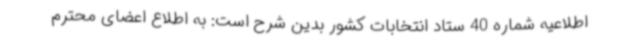
اطلاعیه شماره 40 ستاد انتخابات کشور بدین شرح است: به اطلاع اعضای محترم